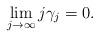
LaTeX: \begin{align*}\lim_{j \rightarrow \infty} j \gamma_j=0.\end{align*}